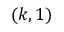
( k , 1 )